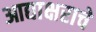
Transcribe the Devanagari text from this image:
आद्याक्षराचे